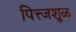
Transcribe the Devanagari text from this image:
पित्त्जशूळ